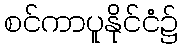
စင်ကာပူနိုင်ငံ၌